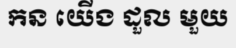
កន យើង ដួល មួយ